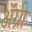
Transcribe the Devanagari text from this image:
ॲग्री